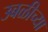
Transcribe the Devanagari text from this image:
उबळीच्या